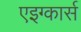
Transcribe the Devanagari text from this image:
एइग्कार्स